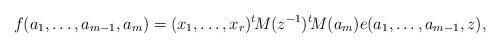
LaTeX: \begin{align*}f(a_1,\dots, a_{m-1}, a_m) = (x_1,\dots,x_r){^t\!M}(z^{-1}) {^t\!M}(a_m)e(a_1,\dots, a_{m-1},z),\end{align*}